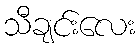
သီချင်းလေး